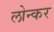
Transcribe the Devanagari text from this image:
लोन्कर